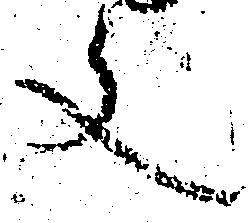
文